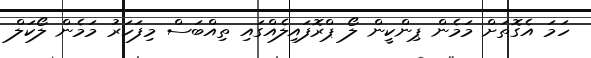
ހަމަ އެގޮތަށް މަމެން ޕިންކީން ލޯ ޕްރޮފައިލެއްގައި ތިއްބަސް މިފަހަރު މަމެން ލޯކަލް